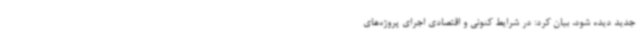
جدید دیده شود، بیان کرد: در شرایط کنونی و اقتصادی اجرای پروژه‌های